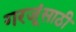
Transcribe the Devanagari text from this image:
गरजूंसाठी